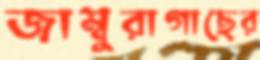
জাম্বুরাগাছের